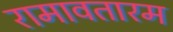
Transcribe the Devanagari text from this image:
रामावतारम